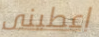
اعطينى